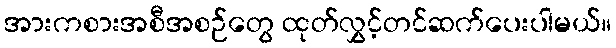
အားကစားအစီအစဉ်တွေ ထုတ်လွှင့်တင်ဆက်ပေးပါမယ်။